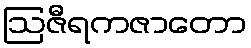
ဩဇီရကဇာတော